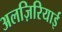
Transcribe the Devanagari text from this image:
अलज़िरियाई